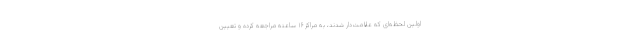
اولین لحظه‌ای که علامت‌دار شدند، به مراکز ۱۶ ساعته مراجعه کرده و تعیین